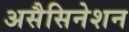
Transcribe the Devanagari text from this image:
असैसिनेशन